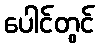
ပေါင်တွင်